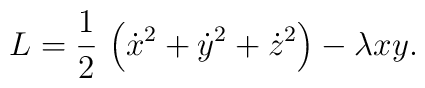
L=\frac{1}{2}\,\left( \dot{x}^{2}+\dot{y}^{2}+\dot{z}^{2}\right) -\lambda xy.